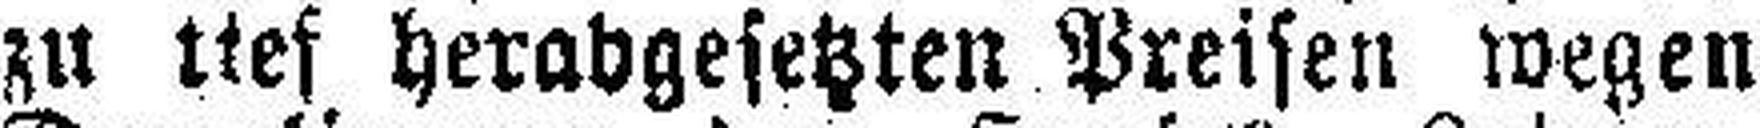
zu tief herabgesetzten Preisen wegen